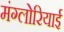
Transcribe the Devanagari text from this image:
मंग्लोरियाई